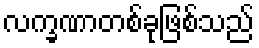
လက္ခဏာတစ်ခုဖြစ်သည်